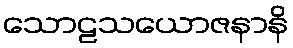
သောဠသယောဇနာနိ